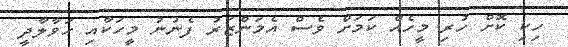
ހިކި ކޮށް ހުރި މީހެއް ކަމަށް ވެސް އެމަންޒަރު ފެނުނު މީހަކާއި ހަވާލާދީ